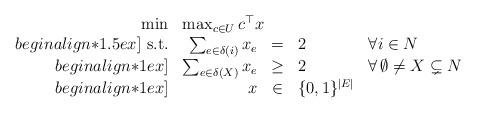
LaTeX: \begin{align*} \begin{array}{rrcll} \min & \multicolumn{4}{l}{\max_{c\in U} c^\top x}\\begin{align*}1.5ex] \textnormal{ s.t.} & \sum_{e\in \delta(i)}x_e & = & 2 & \forall i\in N \\begin{align*}1ex] & \sum_{e\in \delta(X)} x_e & \ge & 2 & \forall \,\emptyset\neq X\subsetneq N\\begin{align*}1ex] & x & \in & \{0,1\}^{|E|} \end{array}\end{align*}